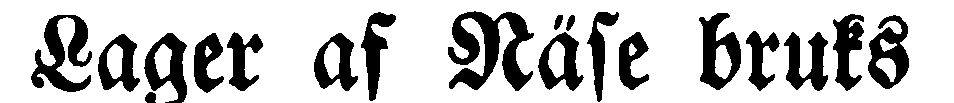
Lager af Näse bruks